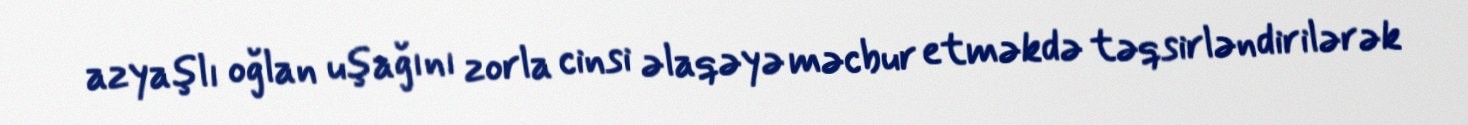
azyaşlı oğlan uşağını zorla cinsi əlaqəyə məcbur etməkdə təqsirləndirilərək